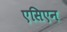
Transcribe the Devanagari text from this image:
एसिएन